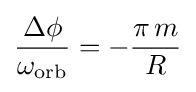
{\frac {\Delta \phi }{\omega _{\rm {orb}}}}=-{\frac {\pi \,m}{R}}